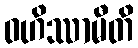
ဝဟိဿာမီတိ